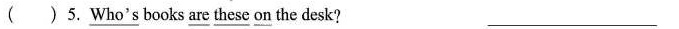
( ) 5. \underline{Who's} books \underline{are} \underline{these} \underline{on} the desk?